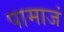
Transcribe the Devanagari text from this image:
पामाजं